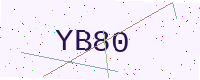
Text: YB80